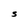
Character: S